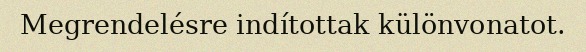
Megrendelésre indítottak különvonatot.